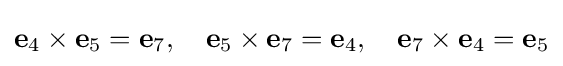
\mathbf {e} _{4}\times \mathbf {e} _{5}=\mathbf {e} _{7},\quad \mathbf {e} _{5}\times \mathbf {e} _{7}=\mathbf {e} _{4},\quad \mathbf {e} _{7}\times \mathbf {e} _{4}=\mathbf {e} _{5}